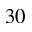
3 0